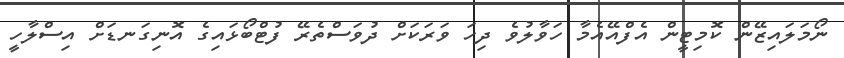
ނޯމަލައިޒޭން ކޮމިޓީން އެފްއޭއެމާ ހަވާލުވެ ދިހަ ވަރަކަށް ދުވަސްތެރޭ ފުޓްބޯޅައިގެ އޮނިގަނޑަށް އިސްލާހީ